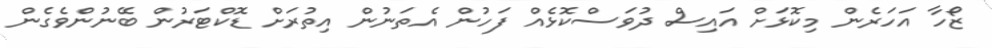
ޒޯހާ އަހަރެން މިކޮޅަށް އައިސް ދުވަސްކޮޅެއް ފަހުން އެތަނުން އިތުރަށް ޑޮކްޓަރުން ބޭނުންވެގެން